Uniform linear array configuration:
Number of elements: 12
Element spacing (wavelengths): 0.5
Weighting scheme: exponential
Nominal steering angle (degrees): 60
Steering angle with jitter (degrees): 60.978
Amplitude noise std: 0.05
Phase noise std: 0.05

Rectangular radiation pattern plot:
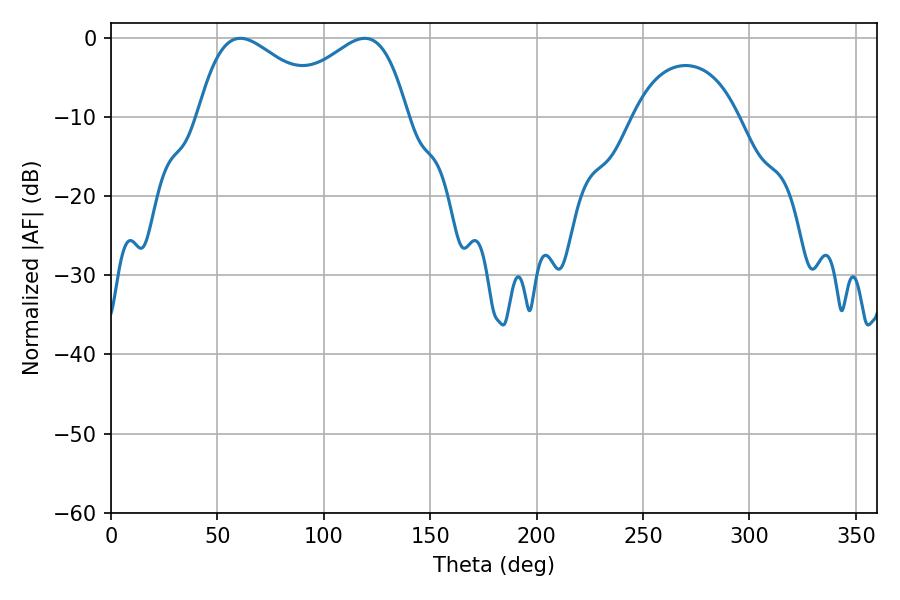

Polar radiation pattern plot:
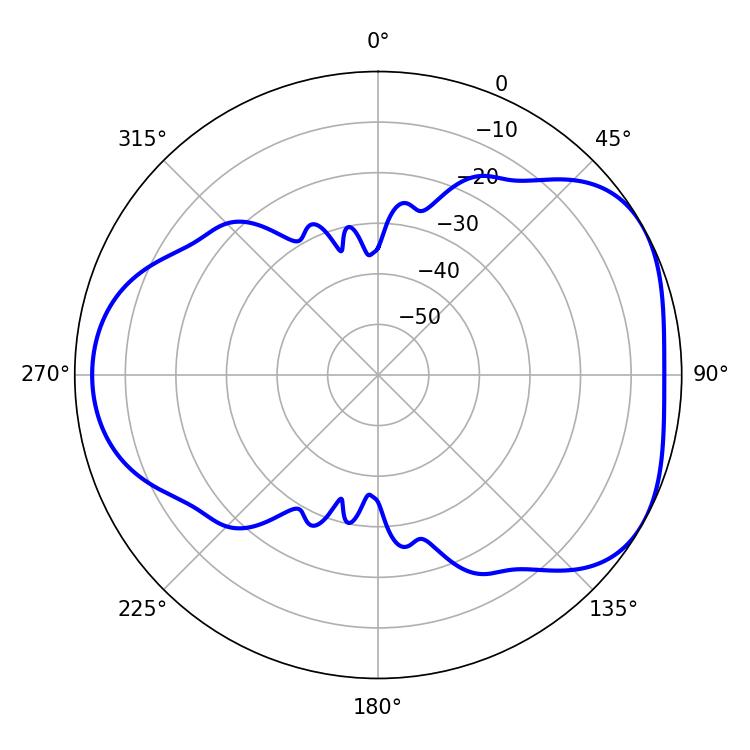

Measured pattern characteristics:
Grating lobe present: FALSE
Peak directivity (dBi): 4.427
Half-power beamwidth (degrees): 33.48
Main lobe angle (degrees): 60.84